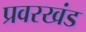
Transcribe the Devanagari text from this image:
प्रवरखंड